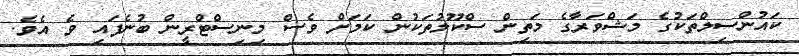
ކައުންސިލްތަކުގެ މަޝްވަރާގެ މަތިން ސްކޫލުތަކުން ކަމަށް ވެސް މިނިސްޓްރީން ބުނެފައި ވެ އެވެ.